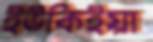
ইউকিইয়া